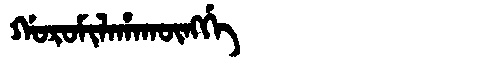
Manchu: ᡤᠣᡵᠣᠮᡳᠯᠠᡥᠠᡴᡡᠩᡤᡝ
Romanization: GOROMILAHAKŪNGGE